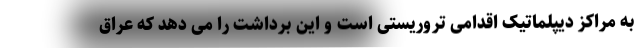
به مراکز دیپلماتیک اقدامی تروریستی است و این برداشت را می دهد که عراق